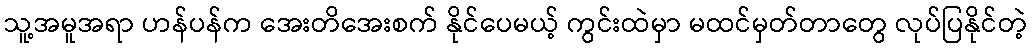
သူ့အမူအရာ ဟန်ပန်က အေးတိအေးစက် နိုင်ပေမယ့် ကွင်းထဲမှာ မထင်မှတ်တာတွေ လုပ်ပြနိုင်တဲ့